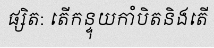
ផ្សិត: តើកន្ទុយកាំបិតនិងតើ